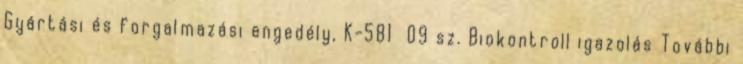
Gyártási és forgalmazási engedély, K-581 09 sz. Biokontroll igazolás További